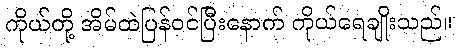
ကိုယ်တို့ အိမ်ထဲပြန်ဝင်ပြီးနောက် ကိုယ်ရေချိုးသည်။